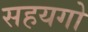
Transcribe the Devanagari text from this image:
सहयगो